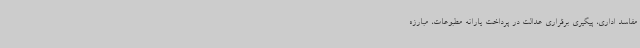
مفاسد اداری، پیگیری برقراری عدالت در پرداخت یارانه مطبوعات، مبارزه